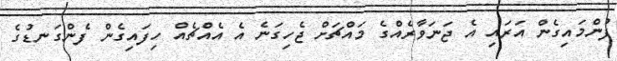
ފުންމައިގެން އަރައި އެ ޖަނަވާރެއްގެ މައްޗަށް ޖެހިގަނެ އެ އެއްޗެއް ހިފައިގެން ފެންގަނޑުގެ